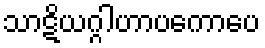
သာဋိယဂ္ဂါဟာပကောပေ